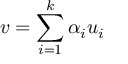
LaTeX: v = \sum _ { i = 1 } ^ { k } \alpha _ { i } u _ { i }